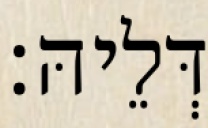
דְּלֵיהּ׃